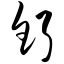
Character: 钌